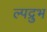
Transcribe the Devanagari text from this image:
ल्पद्रुभ